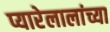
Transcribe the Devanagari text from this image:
प्यारेलालांच्या